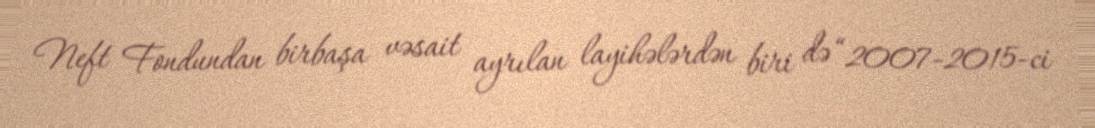
Neft Fondundan birbaşa vəsait ayrılan layihələrdən biri də “2007-2015-ci